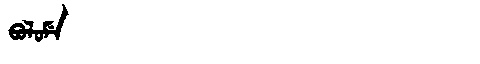
Manchu: ᠪᠣᠯᠣᠮᡝ
Romanization: BOLOME